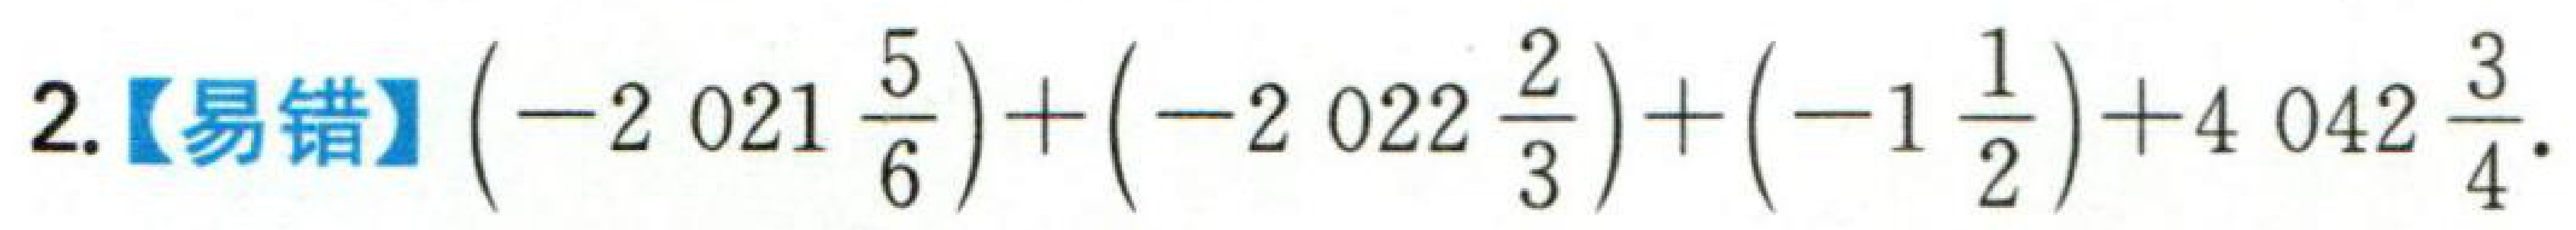
$2.【易错】\left(-2021\frac{5}{6}\right)+\left(-2022\frac{2}{3}\right)+\left(-1\frac{1}{2}\right)+4042\frac{3}{4}.$